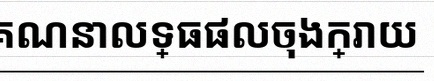
គណនាលទ្ធផលចុងក្រោយ